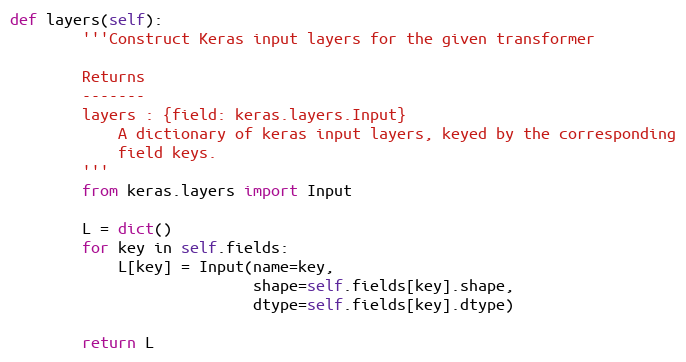
Language: Python
def layers(self):
        '''Construct Keras input layers for the given transformer

        Returns
        -------
        layers : {field: keras.layers.Input}
            A dictionary of keras input layers, keyed by the corresponding
            field keys.
        '''
        from keras.layers import Input

        L = dict()
        for key in self.fields:
            L[key] = Input(name=key,
                           shape=self.fields[key].shape,
                           dtype=self.fields[key].dtype)

        return L